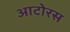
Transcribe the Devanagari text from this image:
आटोरस